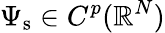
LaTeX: \Psi_{\mathrm{s}}\in C^{p}(\mathbb{R}^{N})